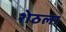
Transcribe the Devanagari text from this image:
शेठला